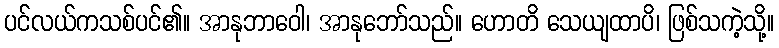
ပင်လယ်ကသစ်ပင်၏။ အာနုဘာဝေါ၊ အာနုဘော်သည်။ ဟောတိ သေယျထာပိ၊ ဖြစ်သကဲ့သို့။